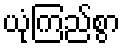
ယုံကြည်စွာ